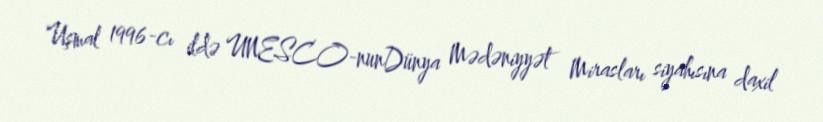
Uşmal 1996-cı ildə UNESCO-nunDünya Mədəniyyət Mirasları siyahısına daxil